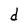
Character: d